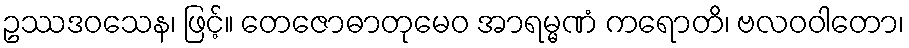
ဥဿဒဝသေန၊ ဖြင့်။ တေဇောဓာတုမေဝ အာရမ္မဏံ ကရောတိ၊ ဗလဝဝါတော၊